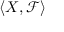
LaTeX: \langle X , { \mathcal { F } } \rangle